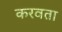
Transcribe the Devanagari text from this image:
करवता